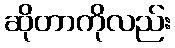
ဆိုတာကိုလည်း